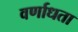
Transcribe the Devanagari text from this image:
वर्णाधता